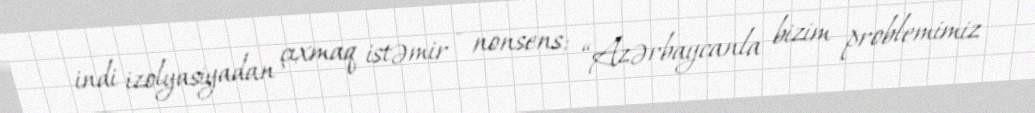
indi izolyasiyadan çıxmaq istəmir - nonsens; “Azərbaycanla bizim problemimiz